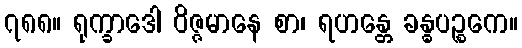
၇၈၈။ ရုက္ခာဒေါ ဝိဇ္ဇမာနေ စာ၊ ရဟန္တေ ခန္ဓပဉ္စကေ။